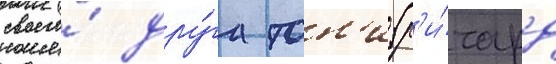
своего́ дру́га тон'и (р'и́чард